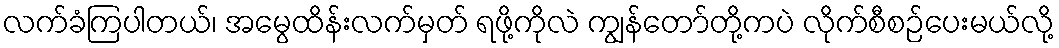
လက်ခံကြပါတယ်၊ အမွေထိန်းလက်မှတ် ရဖို့ကိုလဲ ကျွန်တော်တို့ကပဲ လိုက်စီစဉ်ပေးမယ်လို့